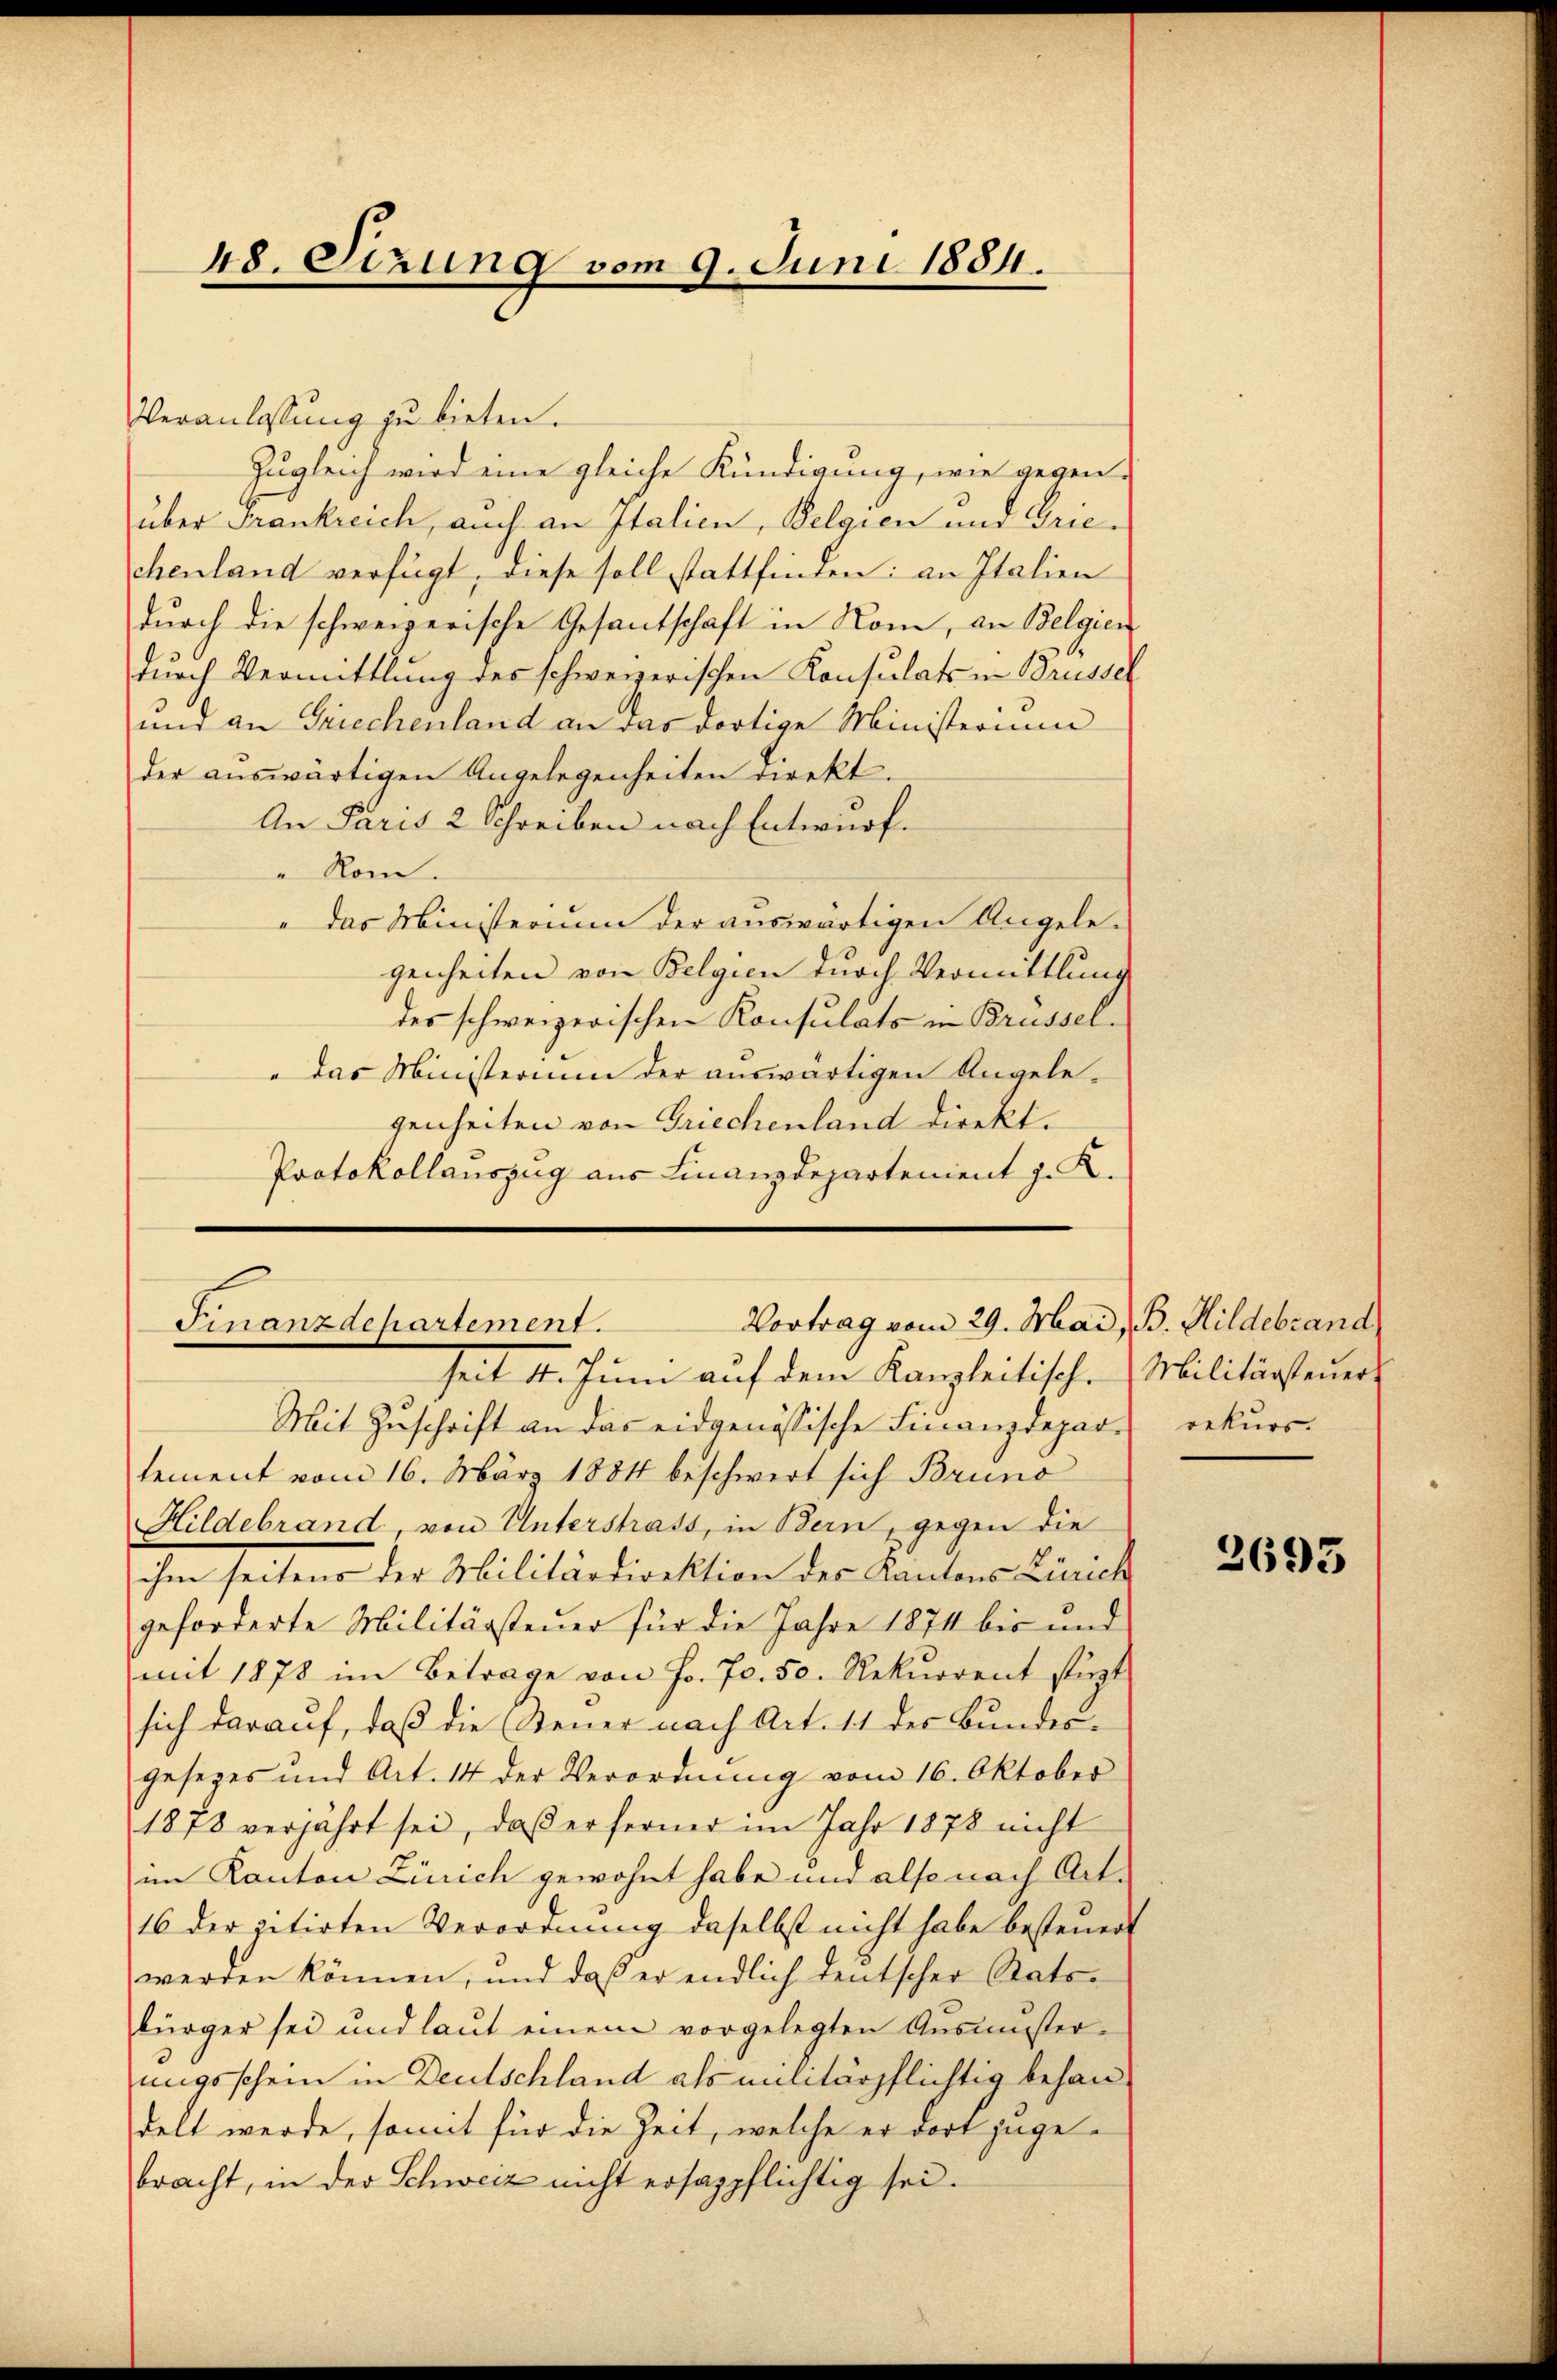
48. Sizung vom 9. Juni 1884.

Veranlassung zu bieten.
Zugleich wird eine gleiche Kündigung, wie gegen-
über Frankreich, auch an Italien, Belgien und Griechenland verfügt, diese soll stattfinden: an Italien
durch die schweizerische Gesantschaft in Nom, an Belgien
durch Vermittlung des schweizerischen Konsulats in Brüssel
und an Griechenland an das dortige Ministerium
der auswärtigen Angelegenheiten direkt.
An Paris 2 Schreiben nach Entwurf.
" Rom.
"das Ministerium der auswärtigen Angelegenheiten von Belgien durch Vermittlung
des schweizerischen Konsulats in Brüssel¬
"das Ministerium der auswärtigen Angelegenheiten von Griechenland direkt.
Protokollauszug aus Finanzdepartenient J. K.

Vortrag vom 29. Mai, B. Hildebrand
Finanzdepartement.

seit 4. Juni auf dem Kanzleitisch. Militärsteuers
Mit Zuschrift an das eidgenössische Finanzdepart rekurs-
lement vom 16. März 1884 beschwert sich Bruno
Hildebrand, von Unterstrass, in Bern, gegen die
ihm seitens der Militärdirektion des Kantons Zürich
geforderte Militärsteuer für die Jahre 1874 bis und
mit 1878 im Betrage von Fr. 70. 50. Rekurrent stürzt
sich darauf, daß die Steuer nach Art. 11 des Bundesgesezes und Art. 14 der Verordnŭng vom 16. Oktober
1878 verfahrt sei, daβ er ferner im Jahr 1878 nicht
im Kanton Zürich gewohnt habe und also nach Art.
16 der petirten Verordnung daselbst nicht habe besteŭert
werden können, und daß er endlich deutscher Statsbürger sei und laut einem vorgelegten Aŭsmuster-
ungsschein in Deutschland als militärpflichtig behandelt werde, somit für die Zeit, welche er dort juge-
bracht, in der Schweiz nicht ersagpflichtig sei.

2693